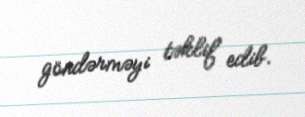
göndərməyi təklif edib.